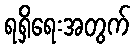
ရရှိရေးအတွက်